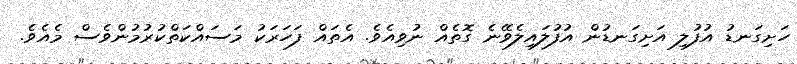
ހަށިގަނޑު އުފުލި އަށިގަނޑުން އުފުލައިލެވޭނެ ގޮތެއް ނުވިއެވެ. އެތައް ފަހަރަކު މަސައްކަތްކުރުމުންވެސް މެއެވެ.